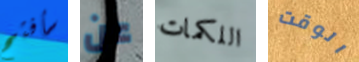
سأفتح عن اللكمات الوقت